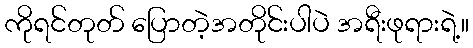
ကိုရင်တုတ် ပြောတဲ့အတိုင်းပါပဲ အရီးဖုရားရဲ့။